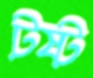
টষ্ট